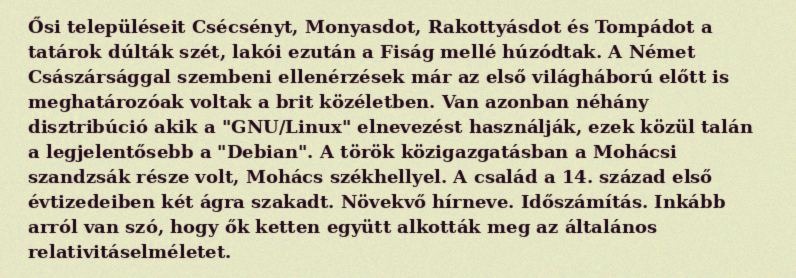
Ősi településeit Csécsényt, Monyasdot, Rakottyásdot és Tompádot a tatárok dúlták szét, lakói ezután a Fiság mellé húzódtak. A Német Császársággal szembeni ellenérzések már az első világháború előtt is meghatározóak voltak a brit közéletben. Van azonban néhány disztribúció akik a "GNU/Linux" elnevezést használják, ezek közül talán a legjelentősebb a "Debian". A török közigazgatásban a Mohácsi szandzsák része volt, Mohács székhellyel. A család a 14. század első évtizedeiben két ágra szakadt. Növekvő hírneve. Időszámítás. Inkább arról van szó, hogy ők ketten együtt alkották meg az általános relativitáselméletet.